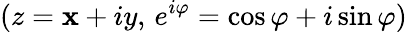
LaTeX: (z=\mathbf{x}+iy,\, e^{i\varphi}=\cos\varphi+i\sin\varphi)